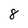
Character: 8